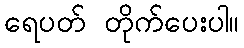
ရေပတ် တိုက်ပေးပါ။